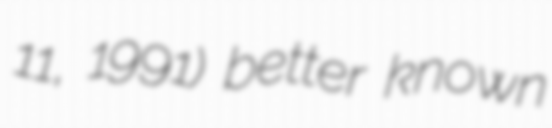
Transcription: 11, 1991) better known